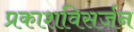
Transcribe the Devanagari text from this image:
प्रकाशविसर्जन